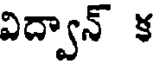
విద్వాన్ క